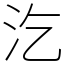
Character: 汔